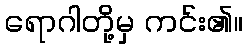
ရောဂါတို့မှ ကင်း၏။